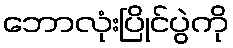
ဘောလုံးပြိုင်ပွဲကို